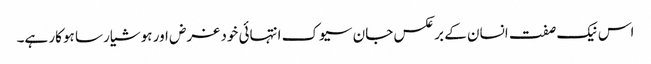
اس نیک صفت انسان کے بر عکس جان سیوک انتہائی خود غرض اور ہوشیار سا ہوکار ہے۔